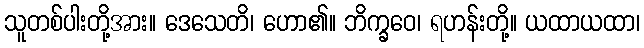
သူတစ်ပါးတို့အား။ ဒေသေတိ၊ ဟော၏။ ဘိက္ခဝေ၊ ရဟန်းတို့။ ယထာယထာ၊